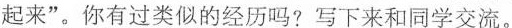
起来”。你有过类似的经历吗?写下来和同学交流。